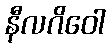
နီလဂိဝေါ